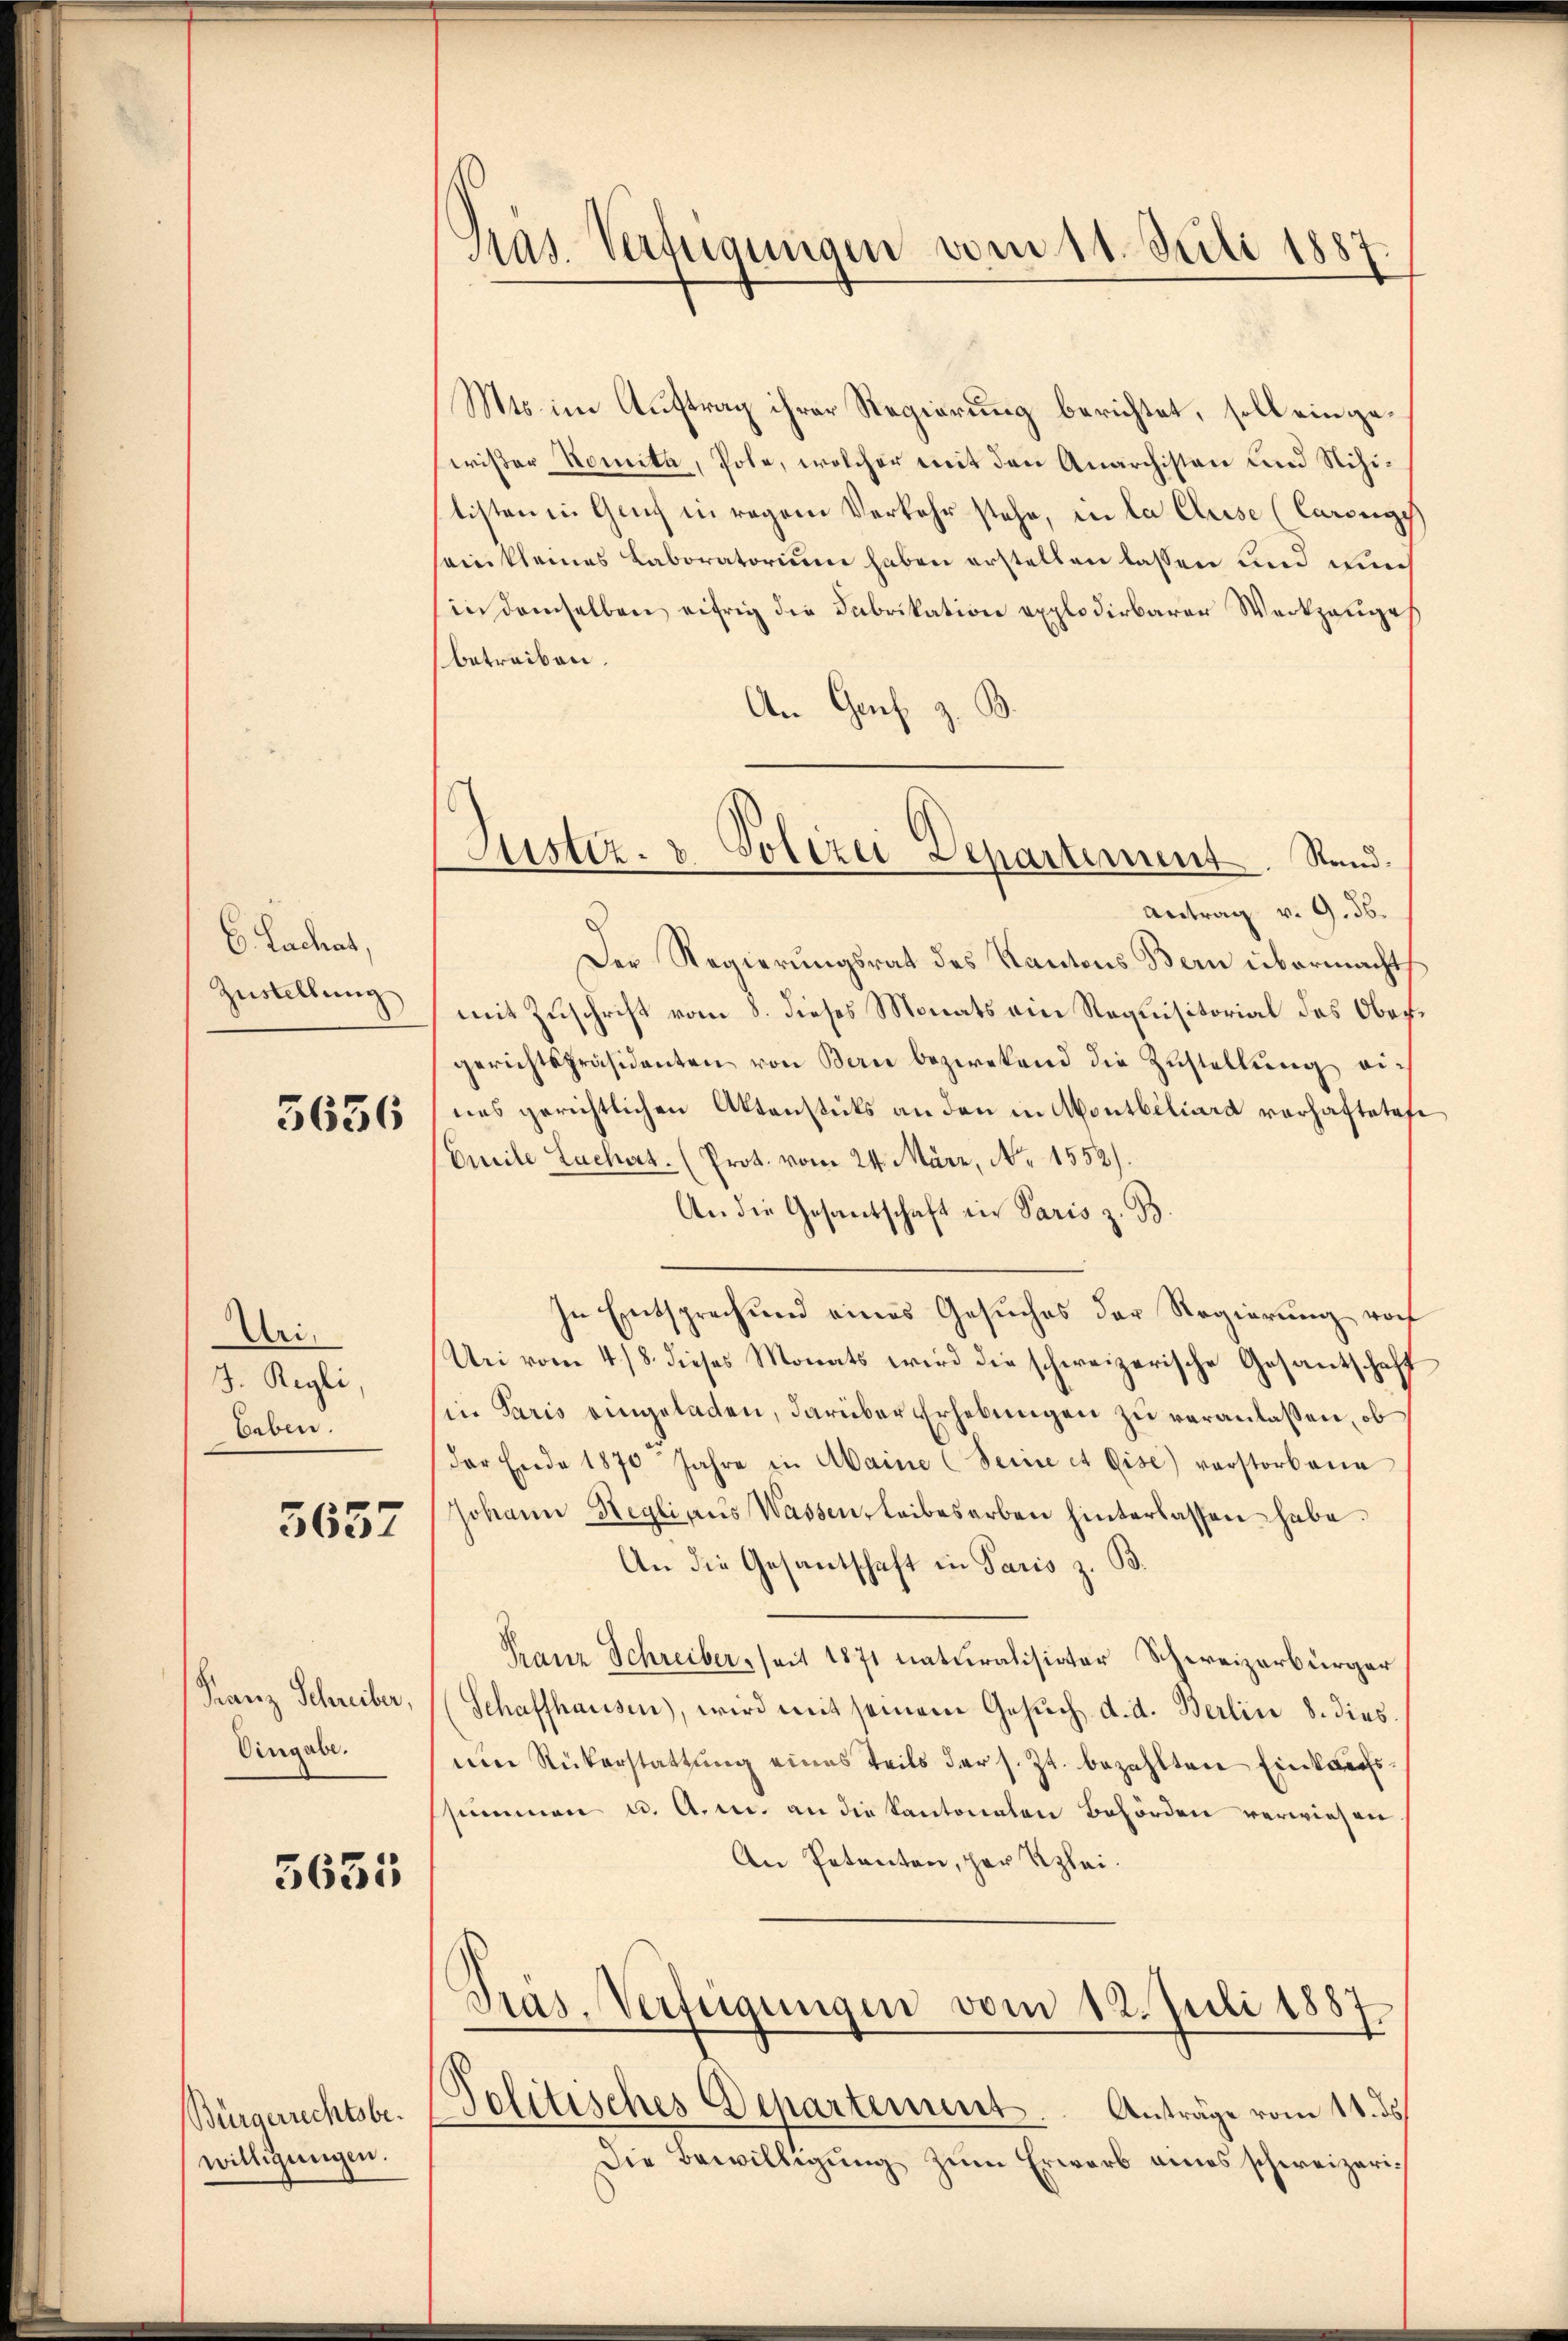
E Ladens,
Zustellung

5636

Uri¬
J. Regli
Gaben.

5657

Franz Schreiber,
Eingabe.

5631

Bürgerrechtsbewilligungen.

Pras. Verfügungen vom 11. Juli 1887

Mts. im Auftrag ihrer Regierung berichtet, soll ein gewißer Komita, Pole, welcher mit den Anarchisten und Nihitisten in Genf in regen Verkehr stehe, in la Cluse (Carenge
sein kleines Laboratorium haben erstellen lassen und ein
in demselben eifrig die Fabrikation explodirbarer Werkzeuges
betreiben.
B
An Genf z.
Antrag v. 9. ds.
Der Regierungsrat des Kantons Bern übermacht
mit Zuschrift vom 8. dieses Monats ein Requisitorial des Obergerichtspräsidenten von Bern bezwekend die Zustellung eines gerichtlichen Aktenstuts an den in Montbiliard verhaftete.
Omile Lachat. (Prot. vom 24. März, No 1552).
An die Gesantschaft in Paris z. B.
In Entsprechung eines Gesuches der Regierung noch
Uni vom 4./8. dieses Monats wird die schweizerische Gesantschaff
in Paris eingeladen, darüber Erhebungen zu veranlassen, ob
der Ende 1870 Jahre in Maine (Seine et Gise) verstorbene
Johann Regli aus Wassen, leibesarben hinterlassen habe.
An die Gesantschaft in Paris z. B.
Franz Schreiber, seit 1871 naturalisirter Schweizerbürger
Schaffhausen), wird mit seinem Gesŭch d. d. Berlin 8. dies
nm Rükerstattung eines Teils der s. Zt. bezahlten Einkaufsssummen u. A. m. an die Kantonalen Behörden verwiesen
An Petenten, her Klei¬
Pras. Verfügungen vom 12. Juli 1887
Politisches Departement. Anträge vom 11. ds
Die Bewilligung zum Erwarb eines schweizeri¬

Justiz- & Polizei Departement. Rand.